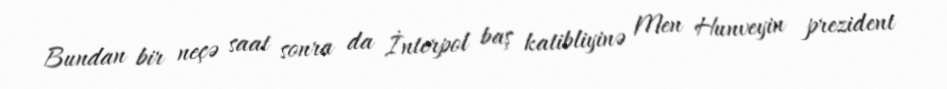
Bundan bir neçə saat sonra da İnterpol baş katibliyinə Men Hunveyin prezident